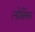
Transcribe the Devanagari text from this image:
लोबिका